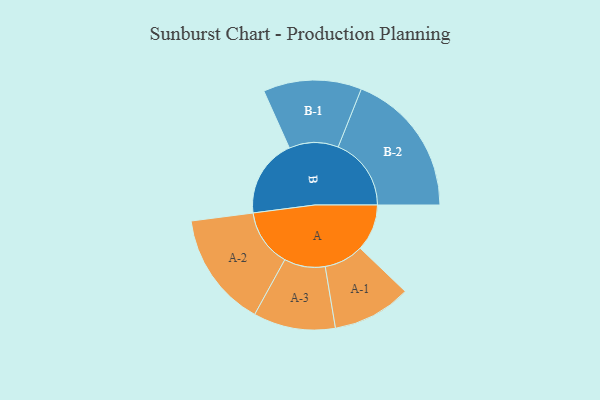
{"axis": {"x": "Segment", "y": "Value"}, "legend": ["", "A", "B"], "data": [{"x": "A", "y": 178, "type": ""}, {"x": "B", "y": 298, "type": ""}, {"x": "A-1", "y": 150, "type": "A"}, {"x": "A-2", "y": 219, "type": "A"}, {"x": "A-3", "y": 156, "type": "A"}, {"x": "B-1", "y": 187, "type": "B"}, {"x": "B-2", "y": 278, "type": "B"}]}